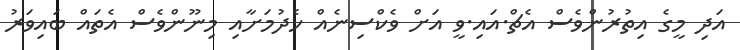
އަދި މީގެ އިތުރުންވެސް އެޗް.އައި.ވީ އަށް ވެކްސިނެއް ހެދުމަށާއި މިނޫންވެސް އެތައް ބައިވަރު